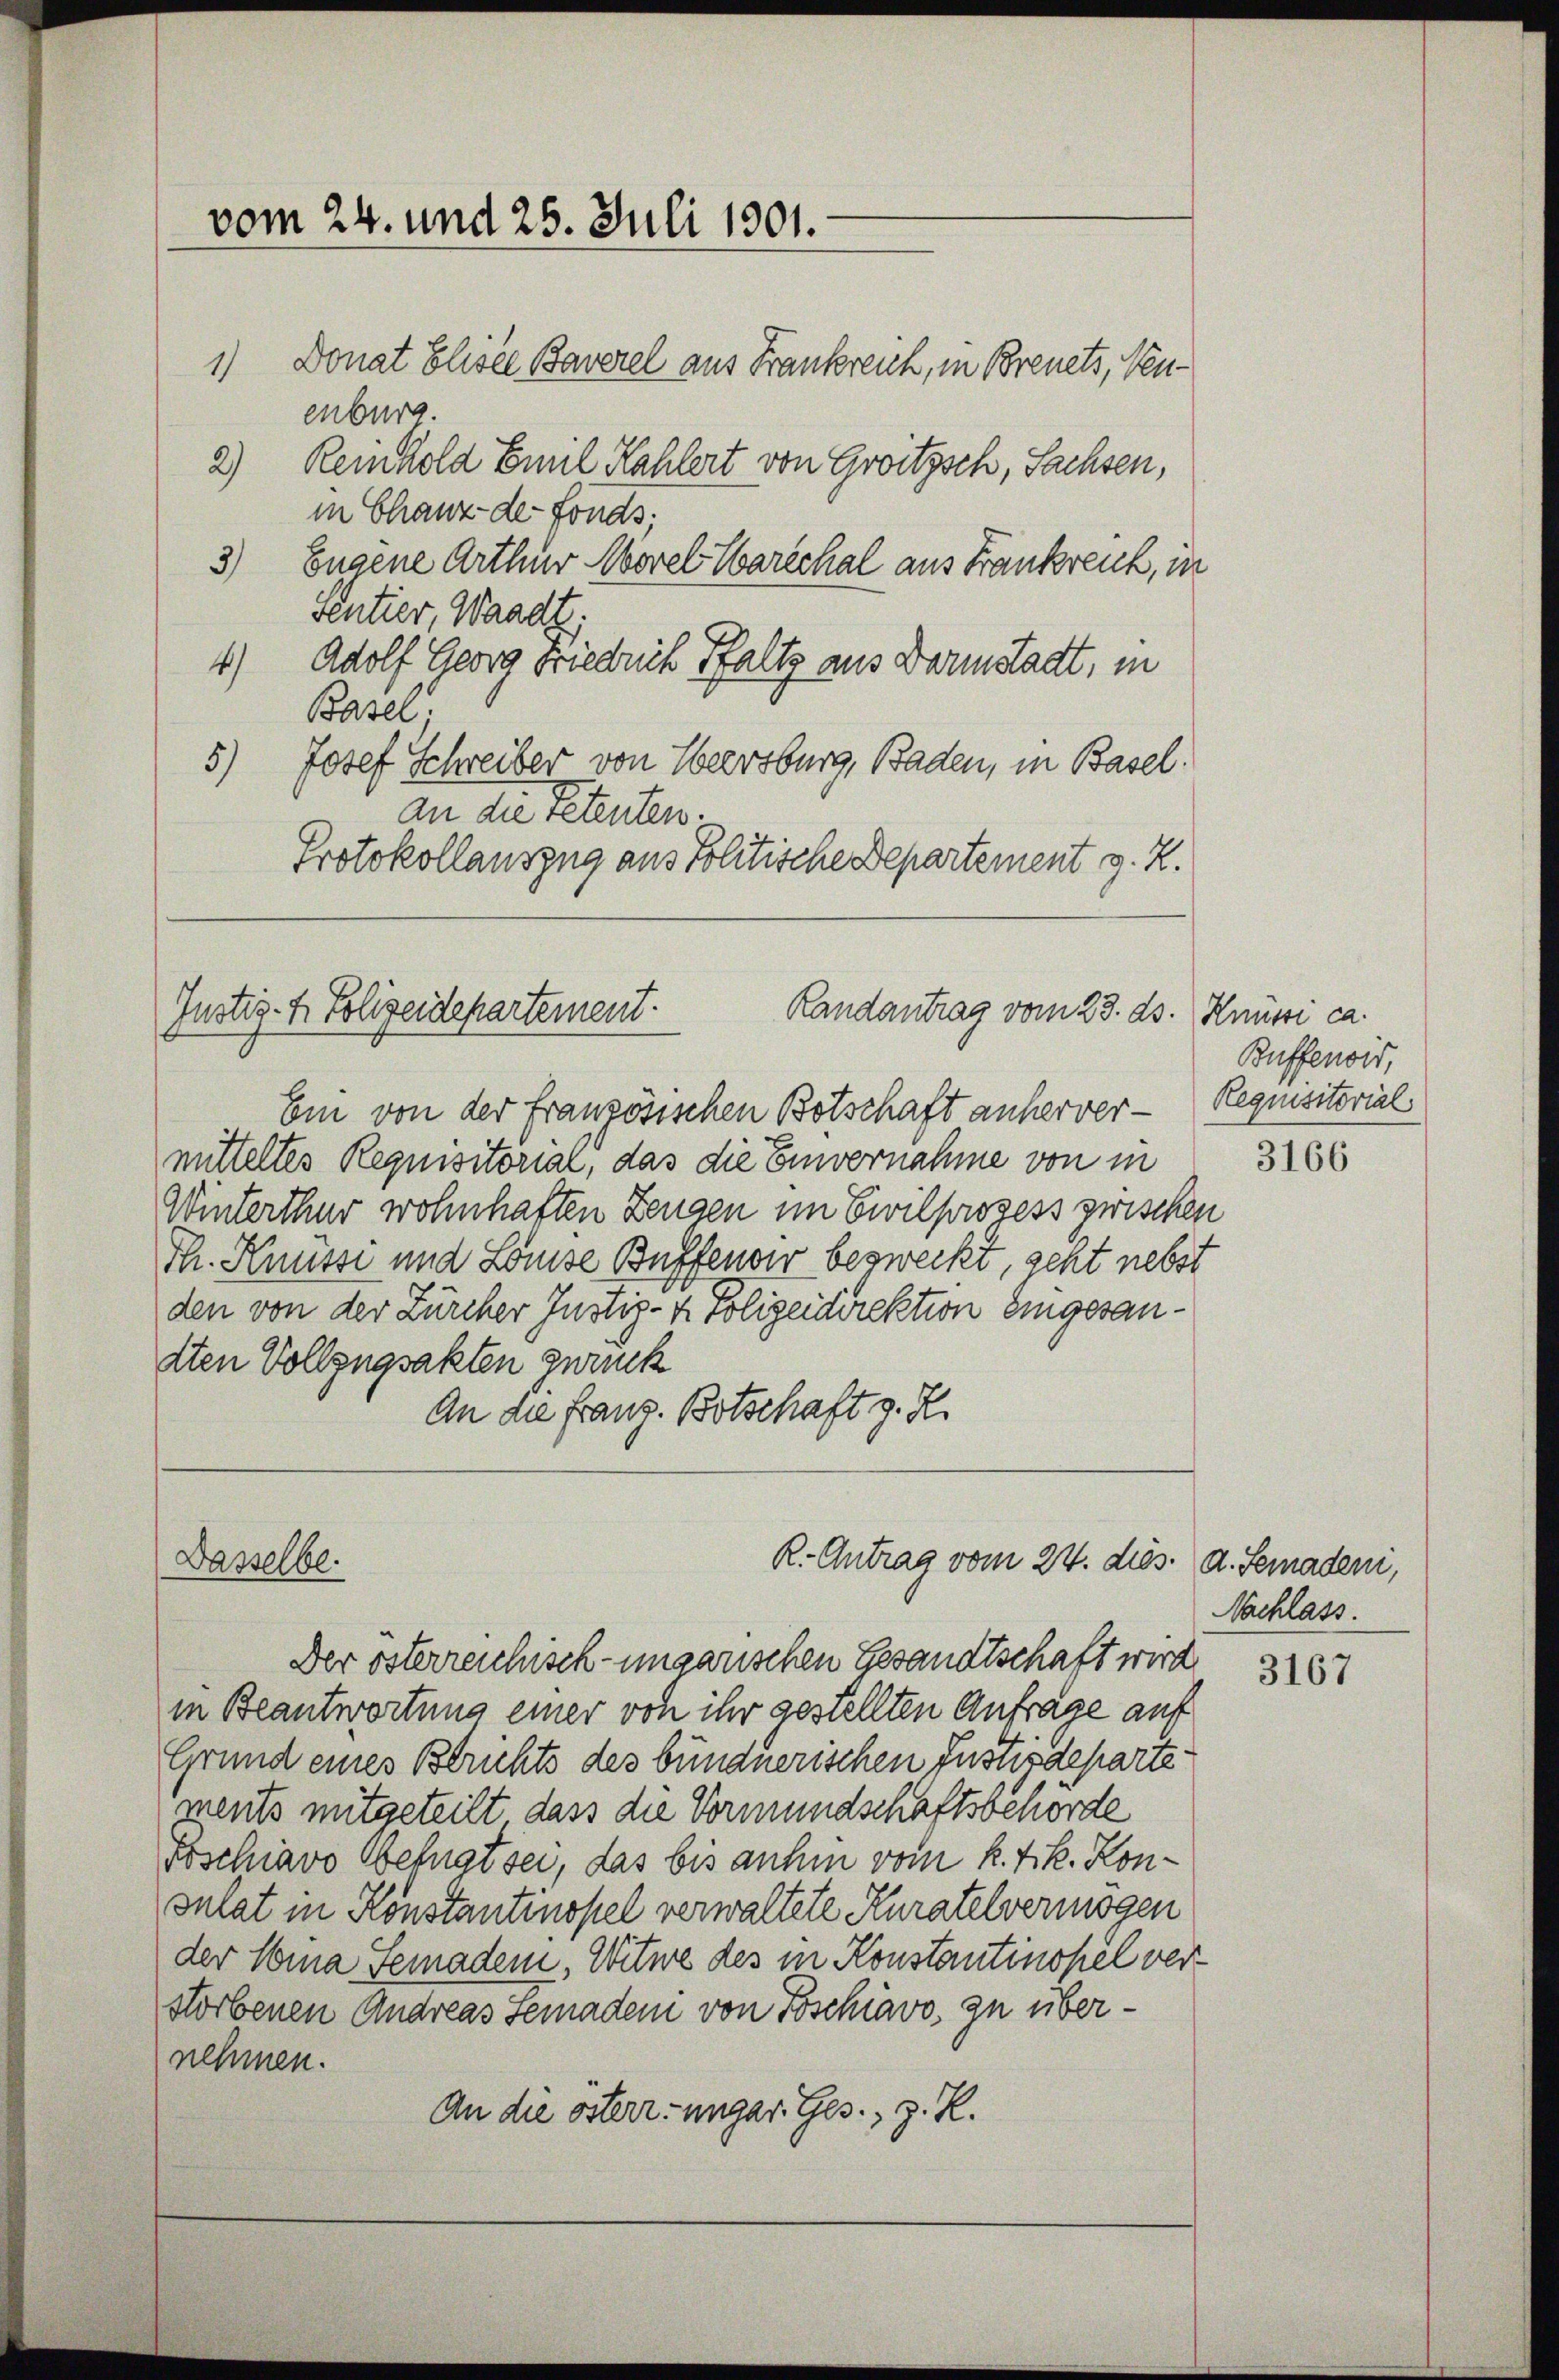
vom 24. und 25. Juli 1901.

Donat Eliste Baverel aus Frankreich, in Breuets, Neu¬
1
enburg.
2) Reinhold Emil Kahlert von Grotzsch, Sachsen,
in Chanz-de-Fonas.
3) Eugene Arthur Morel Marechal aus Frankreich, in
sentier, Waadt,
4) Adolf Georg Friedrich Faltz aus Darmstadt, in
Basel.
5.) Josef Schreiber von Heersburg, Baden, in Basel
an die retenten
Protokollauszug aus Politische Departement z. Z.

Randantrag vom 23. ds. Knüssi ca.
Justiz- & Polizeidepartement.

Ein von der französischen Botschaft anherver- Requisitorial
mitteltes Requisitorial, das die Einvernahme von in
Winterthur wohnhaften Zeugen im Civilprozess zwischen
Th. Knüssi und Louise Buffender bezweckt, geht nebst
den von der Zürcher Justiz- & Polizeidirektion eingesandten Vollzugsakten zurück
An die Franz. Botschaft z. R.

Dasselbe.

R. Antrag vom 24. dies. d. Semadeni,

Der österreichisch-ungarischen Gesandtschaft wird

in Beantwortung einer von ihr gestellten Anfrage auf
Grund eines Berichts des bündnerischen Justizdeparte
ments mitgeteilt, dass die Vormundschaftsbehörde
Foschiavo Geknat sei, das bis anhin vom k. k. Konsulat in Konstantinopel verwaltete Kuratelvermögen
der Lina Femaden, Witwe des in Konstantinopel verstorbenen Andreas Semaden von Toschiavo, zu übernehmen.
An die österr. ungar. Ges., z. R.

Buffenois,

3166

Nachlass.

3167